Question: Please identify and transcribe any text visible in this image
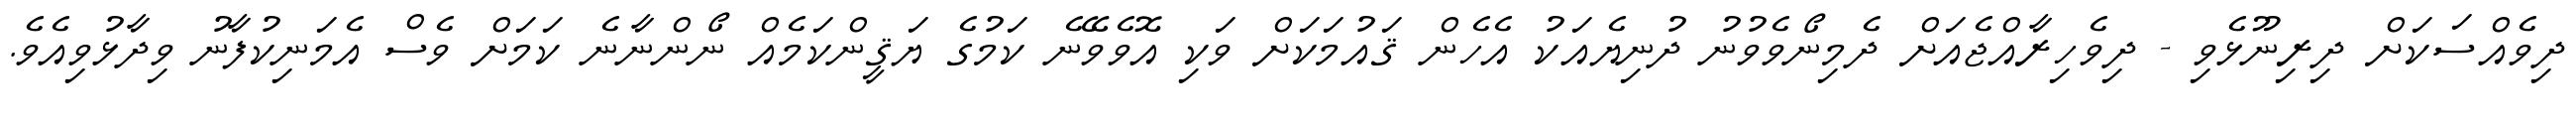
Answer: ދިވެއްސަކަށް ދިރިނޫޅެވި - ދިވެހިރާއްޖެއަށް ދެމިނޯވެވުނު ދުނިޔެއަކު އެހެން ޤައުމަކަށް ވަކި އޮވެވޭނެ ކަމުގެ ޔަޤީންކަމެއް ނޯންނާނެ ކަމަށް ވެސް އެމަނިކުފާނު ވިދާޅުވިއެވެ.